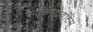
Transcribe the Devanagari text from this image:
पैनक्रिएटाइटिस